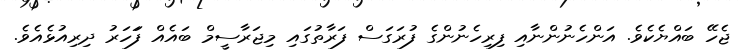
ޖެހޭ ބައްޔެކެވެ. އަންހެނުންނާއި ފިރިހެނުންގެ ފުރަގަސް ފަރާތުގައި މިޖަރާސީމް ބައެއް ފަަހަރު ދިރިއުޅެއެވެ.